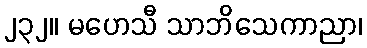
၂၃၂။ မဟေသီ သာဘိသေကာညာ၊